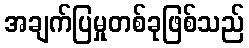
အချက်ပြမှုတစ်ခုဖြစ်သည်